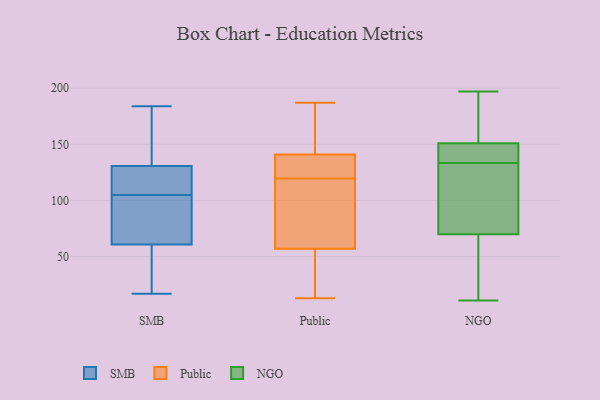
{"axis": {"x": "Backlog", "y": "Value"}, "legend": ["NGO", "Public", "SMB"], "data": [{"x": "", "y": 17, "type": "SMB"}, {"x": "", "y": 184, "type": "SMB"}, {"x": "", "y": 106, "type": "SMB"}, {"x": "", "y": 103, "type": "SMB"}, {"x": "", "y": 122, "type": "SMB"}, {"x": "", "y": 181, "type": "SMB"}, {"x": "", "y": 136, "type": "SMB"}, {"x": "", "y": 150, "type": "SMB"}, {"x": "", "y": 120, "type": "SMB"}, {"x": "", "y": 42, "type": "SMB"}, {"x": "", "y": 66, "type": "SMB"}, {"x": "", "y": 105, "type": "SMB"}, {"x": "", "y": 38, "type": "SMB"}, {"x": "", "y": 45, "type": "SMB"}, {"x": "", "y": 69, "type": "SMB"}, {"x": "", "y": 77, "type": "SMB"}, {"x": "", "y": 129, "type": "SMB"}, {"x": "", "y": 110, "type": "Public"}, {"x": "", "y": 141, "type": "Public"}, {"x": "", "y": 167, "type": "Public"}, {"x": "", "y": 133, "type": "Public"}, {"x": "", "y": 138, "type": "Public"}, {"x": "", "y": 162, "type": "Public"}, {"x": "", "y": 178, "type": "Public"}, {"x": "", "y": 13, "type": "Public"}, {"x": "", "y": 70, "type": "Public"}, {"x": "", "y": 27, "type": "Public"}, {"x": "", "y": 129, "type": "Public"}, {"x": "", "y": 57, "type": "Public"}, {"x": "", "y": 23, "type": "Public"}, {"x": "", "y": 187, "type": "Public"}, {"x": "", "y": 90, "type": "Public"}, {"x": "", "y": 65, "type": "Public"}, {"x": "", "y": 135, "type": "Public"}, {"x": "", "y": 51, "type": "Public"}, {"x": "", "y": 133, "type": "NGO"}, {"x": "", "y": 11, "type": "NGO"}, {"x": "", "y": 162, "type": "NGO"}, {"x": "", "y": 62, "type": "NGO"}, {"x": "", "y": 70, "type": "NGO"}, {"x": "", "y": 151, "type": "NGO"}, {"x": "", "y": 197, "type": "NGO"}, {"x": "", "y": 189, "type": "NGO"}, {"x": "", "y": 147, "type": "NGO"}, {"x": "", "y": 144, "type": "NGO"}, {"x": "", "y": 21, "type": "NGO"}, {"x": "", "y": 99, "type": "NGO"}, {"x": "", "y": 134, "type": "NGO"}, {"x": "", "y": 130, "type": "NGO"}]}